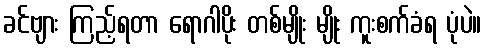
ခင်ဗျား ကြည့်ရတာ ရောဂါပိုး တစ်မျိုး မျိုး ကူးစက်ခံရ ပုံပဲ။